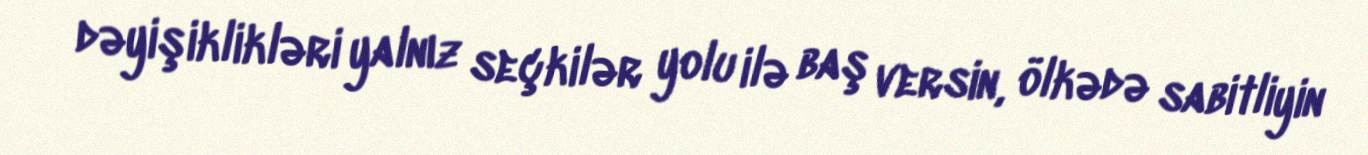
dəyişiklikləri yalnız seçkilər yolu ilə baş versin, ölkədə sabitliyin